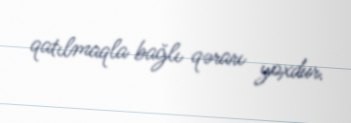
qatılmaqla bağlı qərarı yoxdur.